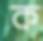
ক